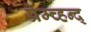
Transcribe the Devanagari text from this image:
प्रेम्च्हन्द्